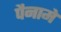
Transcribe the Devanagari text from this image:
पैनामे